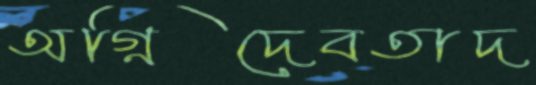
অগ্নিদেবতাদ